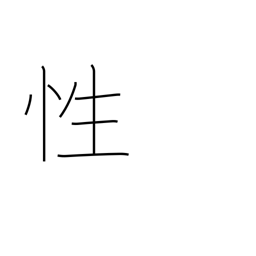
Meaning: sex